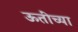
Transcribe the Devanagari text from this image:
ऊतींच्या